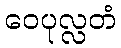
ဝေပုလ္လတံ